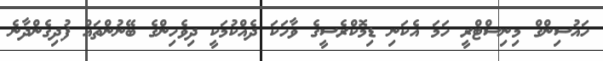
ހައުސިންގް މިނިސްޓްރީ ހަމަ އެކަނި ޑިމޮކްރެސީގެ ވާހަކަ ދެއްކުމަކީ ދިވެހިންގެ ބޭނުންތައް ފުދިގެންދާނެ